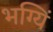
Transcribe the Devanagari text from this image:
भग्यिं